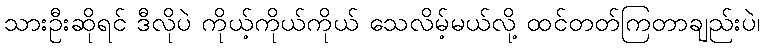
သားဦးဆိုရင် ဒီလိုပဲ ကိုယ့်ကိုယ်ကိုယ် သေလိမ့်မယ်လို့ ထင်တတ်ကြတာချည်းပဲ၊